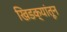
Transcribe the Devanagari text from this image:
खिडक्यांतून